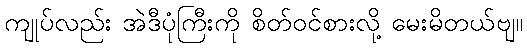
ကျုပ်လည်း အဲဒီပုံကြီးကို စိတ်ဝင်စားလို့ မေးမိတယ်ဗျ။